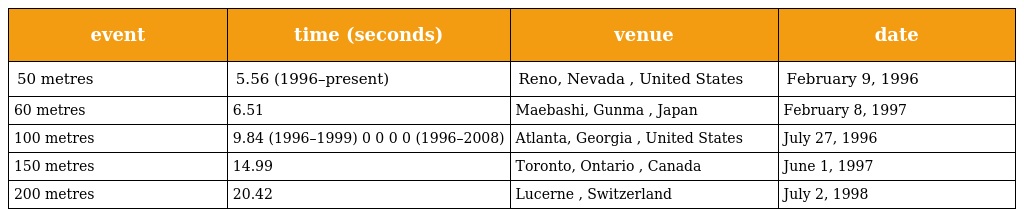
| event | time (seconds) | venue | date |
 | --- | --- | --- | --- |
 | 50 metres | 5.56 (1996–present) | Reno, Nevada , United States | February 9, 1996 |
 | 60 metres | 6.51 | Maebashi, Gunma , Japan | February 8, 1997 |
 | 100 metres | 9.84 (1996–1999) 0 0 0 0 (1996–2008) | Atlanta, Georgia , United States | July 27, 1996 |
 | 150 metres | 14.99 | Toronto, Ontario , Canada | June 1, 1997 |
 | 200 metres | 20.42 | Lucerne , Switzerland | July 2, 1998 |